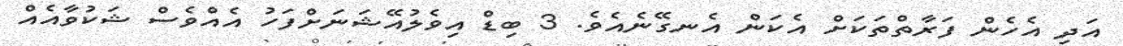
އަދި އެހެން ފަރާތްތަކަށް އެކަން އެނގޭނެއެވެ. 3 ބިޑް އިވެލުއޭޝަނަށްފަހު އެއްވެސް ޝަކުވާއެއް